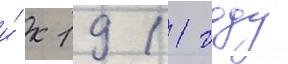
и́ к 1911 году